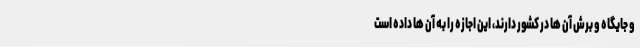
و جایگاه و برش آن ها در کشور دارند، این اجازه را به آن ها داده است